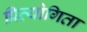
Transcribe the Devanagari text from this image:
प्रित्योगिता